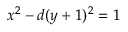
x ^ { 2 } - d ( y + 1 ) ^ { 2 } = 1